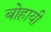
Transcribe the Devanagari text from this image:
बोहायी